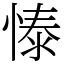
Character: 㥭